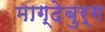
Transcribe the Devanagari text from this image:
माग्देबुर्ग